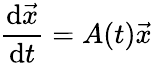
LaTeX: \frac{\mathrm{d}\vec{x}}{\mathrm{d}t}=A(t)\vec{x}